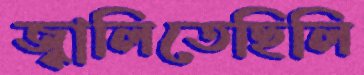
জ্বালিতেছিলি